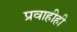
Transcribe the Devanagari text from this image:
प्रवाहीही